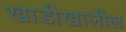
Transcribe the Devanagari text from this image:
खाडीखालील